Report of the Indian Hemp Drugs Commission, 1894-1895 - Volume I
Year: 1894
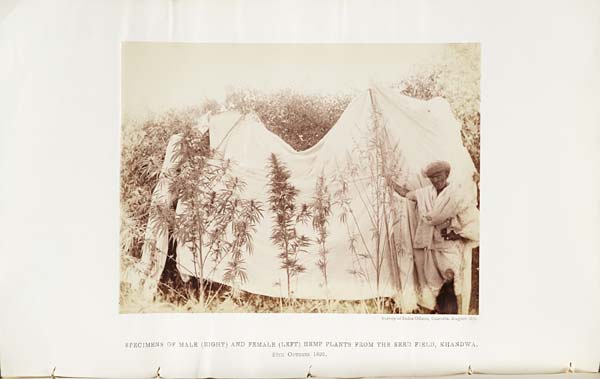
Survey of India Offices, Calcutta, August 1894.
SPECIMENS OF MALE (RIGHT) AND FEMALE (LEFT) HEMP PLANTS FROM THE SEED FIELD, KHANDWA.
28TH OCTOBER 1893.